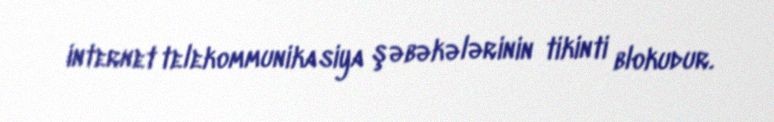
internet telekommunikasiya şəbəkələrinin tikinti blokudur.